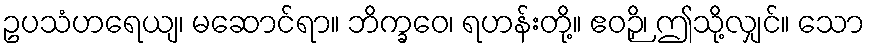
ဥပသံဟရေယျ၊ မဆောင်ရာ။ ဘိက္ခဝေ၊ ရဟန်းတို့။ ဧဝဉှိ၊ ဤသို့လျှင်။ သော